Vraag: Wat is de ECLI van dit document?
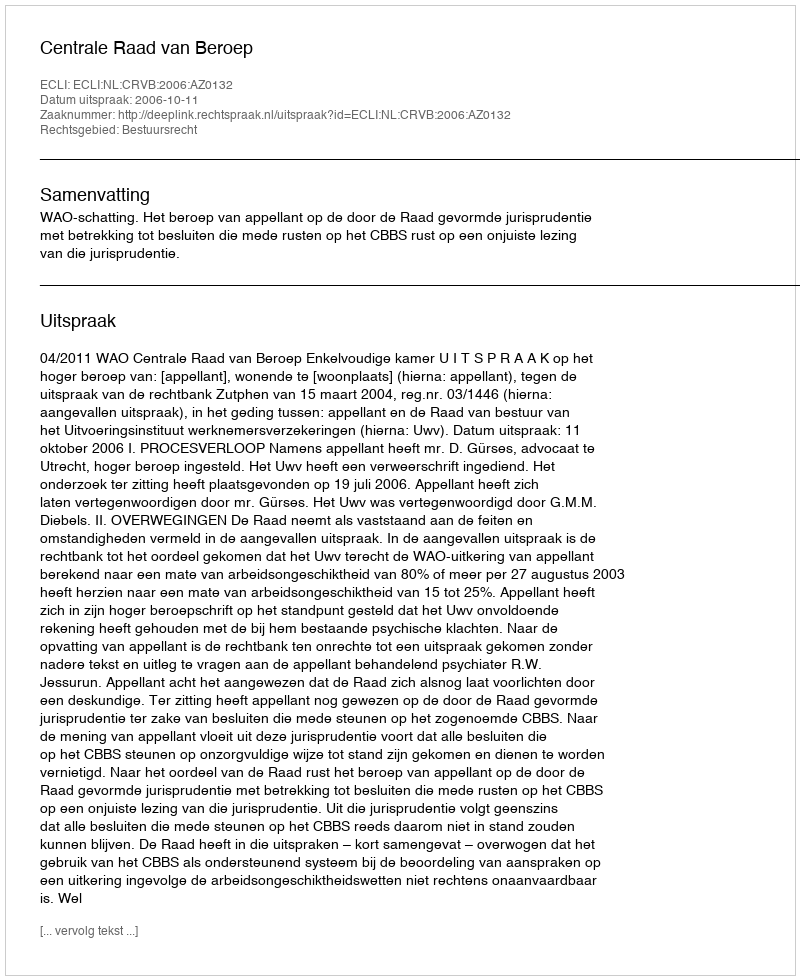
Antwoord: ECLI:NL:CRVB:2006:AZ0132